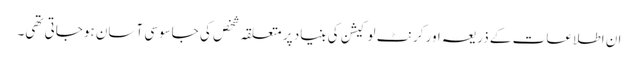
ان اطلاعات کے ذریعہ اور کرنٹ لوکیشن کی بنیاد پر متعلقہ شخص کی جاسوسی آسان ہوجاتی تھی۔